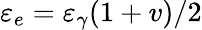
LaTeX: \varepsilon_{e}=\varepsilon_{\gamma}(1+v)/2